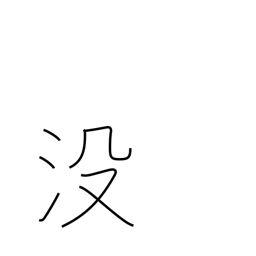
Meaning: sink